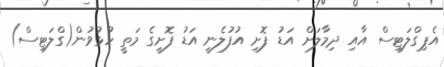
އެޕިގްލަޓިސް އާއި ދިމާލަށް އަޑު ފޮށި އުފުލެނީ އަޑު ފޮށީގެ މަތީ ހުޅުވުން(ގްލަޓިސް)